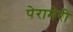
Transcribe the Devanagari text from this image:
पेरामेरी